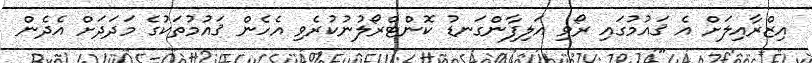
އިޒްރާއިލަށް އެ ޤައުމުގައި ރޯވި އަލިފާންގަނޑު ކޮންޓްރޯލުނުކުރެވި އެހެން ޤައުމުތަކުގެ މަދަދަށް އެދެން